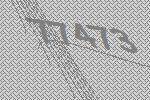
77473